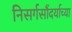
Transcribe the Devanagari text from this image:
निसर्गसौंदर्याच्या